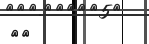
٨٢